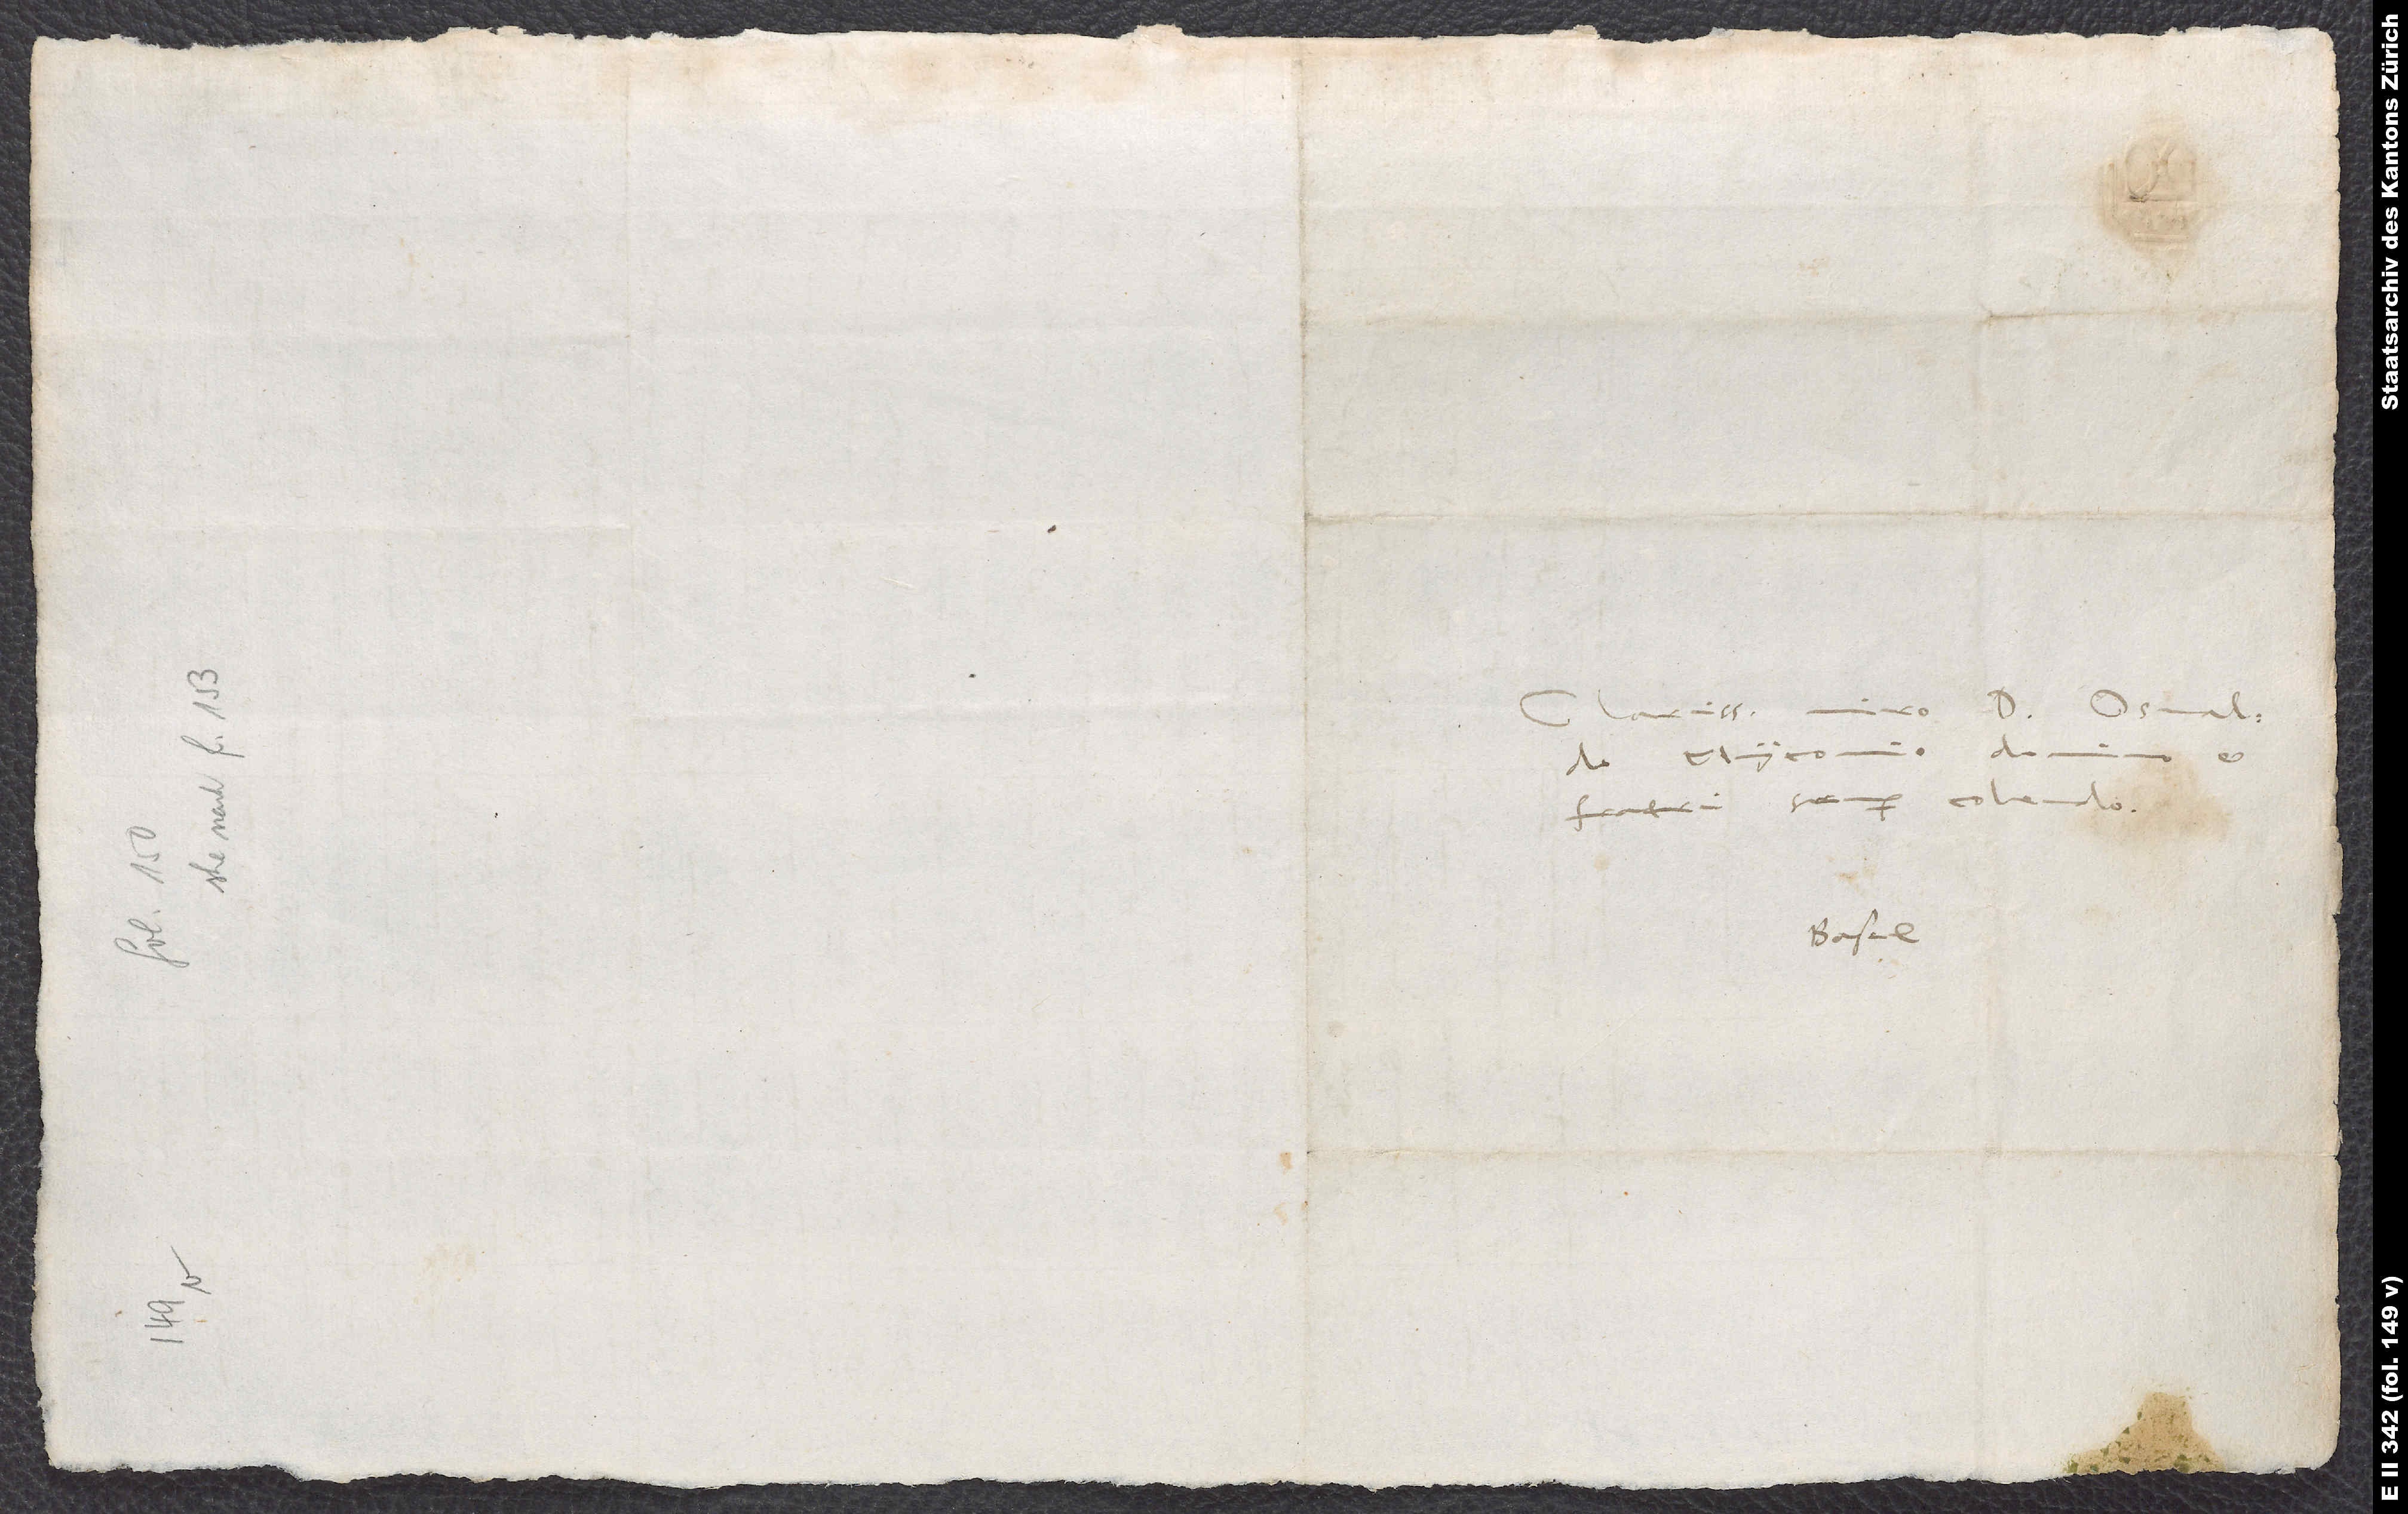
Clarissimo viro d. Osvaldo
Myconio, domino et
fratri semper colendo.
Basel.